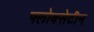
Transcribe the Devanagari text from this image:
फ्लोक्सेटीन